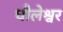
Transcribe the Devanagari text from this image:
धौलेश्वर